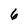
Character: 6